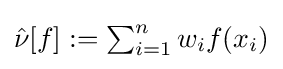
\textstyle {\hat {\nu }}[f]:=\sum _{i=1}^{n}w_{i}f(x_{i})